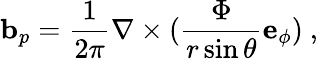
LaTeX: {\mathbf{b}}_{p}=\frac{1}{2\pi}\nabla\times(\frac{\Phi}{r\sin\theta}{\mathbf{e}}_{\phi})\ ,